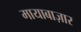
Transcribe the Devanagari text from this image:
मायाबाज़ार